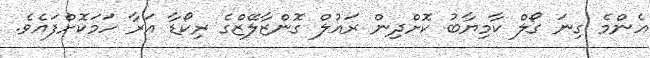
އެންމެ ގިނަ ގޯލް ކާމިޔާބު ކޮށްދިން ރައުލް ގޮންޒާލޭޒްގެ ރިކޯޑާ އަރާ ހަމަކޮށްފައެވެ.